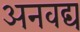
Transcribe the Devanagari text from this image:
अनवद्य